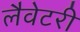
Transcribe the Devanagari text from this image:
लैवेटरी